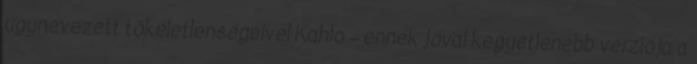
úgynevezett tökéletlenségeivel Kahlo – ennek jóval kegyetlenebb verziója a